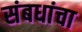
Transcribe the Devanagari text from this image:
संबधांचा